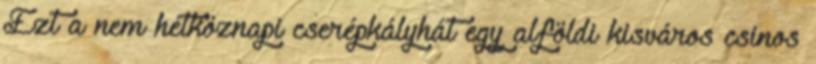
Ezt a nem hétköznapi cserépkályhát egy alföldi kisváros csinos